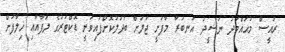
ރައީސް މުޙައްމަދު ނަޝީދު އަނބުރާ މާފުށީ ޖަލަށް ބަދަލުކޮށްފައިވަނީ ޑޮކްޓަރުގެ ލަފާއާއި ޚިލާފަށް